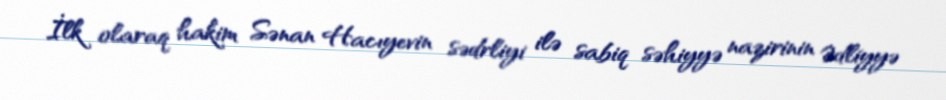
İlk olaraq hakim Sənan Hacıyevin sədrliyi ilə sabiq səhiyyə nazirinin Ədliyyə